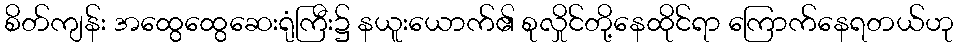
စိတ်ကျန်း အထွေထွေဆေးရုံကြီး၌ နယူးယောက်၏ စုလှိုင်တို့နေထိုင်ရာ ကြောက်နေရတယ်ဟု